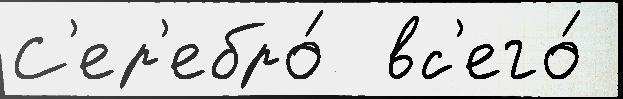
С'ер'ебро́  вс'его́